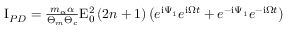
\begin{array} { r } { \mathrm { I } _ { P D } = \frac { m _ { \alpha } \alpha } { \Theta _ { m } \Theta _ { c } } \mathrm { E } _ { 0 } ^ { 2 } \left( 2 n + 1 \right) \left( e ^ { \mathrm { i } \Psi _ { 1 } } e ^ { \mathrm { i } \Omega t } + e ^ { - \mathrm { i } \Psi _ { 1 } } e ^ { - \mathrm { i } \Omega t } \right) } \end{array}